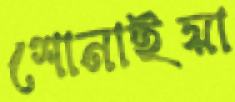
শোনাইয়া